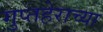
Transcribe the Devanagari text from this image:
गुप्तहेराच्या